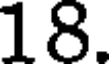
18.